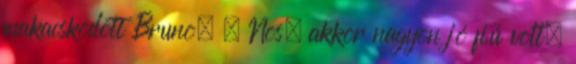
makacskodott Bruno. – Nos, akkor nagyon jó fiú volt,